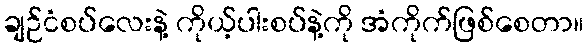
ချဉ်ငံစပ်လေးနဲ့ ကိုယ့်ပါးစပ်နဲ့ကို အံကိုက်ဖြစ်စေတာ။